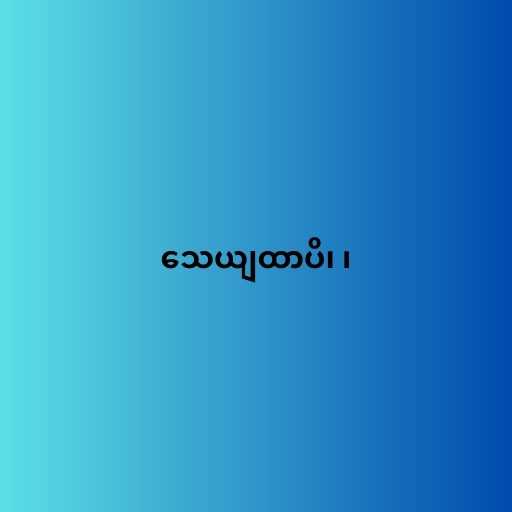
သေယျထာပိ၊ ၊